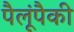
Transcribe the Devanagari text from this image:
पैलूंपैकी